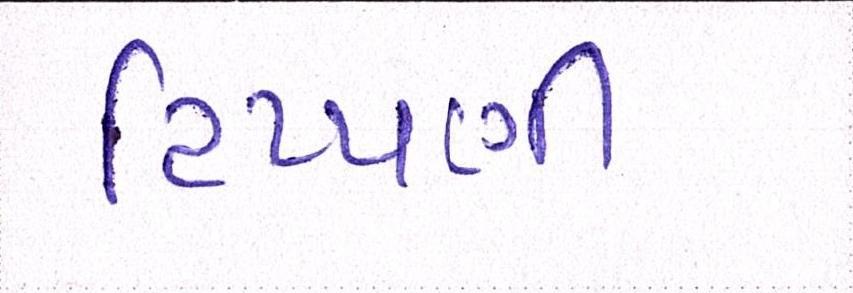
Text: ટિપ્પણી